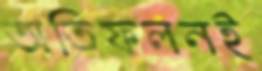
অতিফলনই